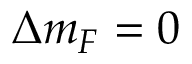
\Delta m _ { F } = 0